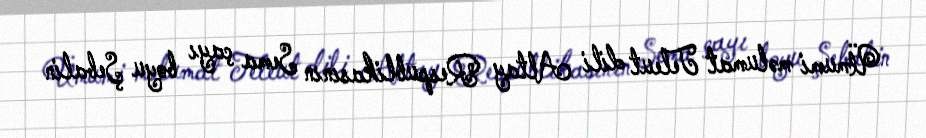
Ümumi məlumat Teleut dili Altay Respublikasının Sema çayı boyu Şebalin